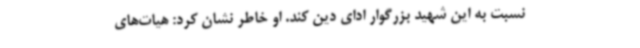
نسبت به این شهید بزرگوار ادای دین کند. او خاطر نشان کرد: هیات‌های